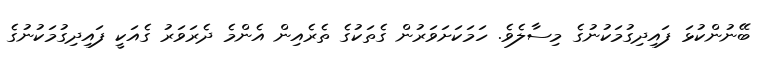
ބޭނުންކުޅަ ފައިދިގުމަކުނުގެ މިސާލެވެ. ހަމަކަށަވަރުން ގެތަކުގެ ތެރެއިން އެންމެ ދެރަވަރު ގެއަކީ ފައިދިގުމަކުނުގެ